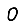
Digit: 0